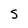
Character: S